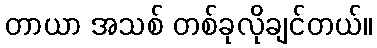
တာယာ အသစ် တစ်ခုလိုချင်တယ်။